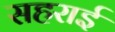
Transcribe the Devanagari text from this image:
सहराई